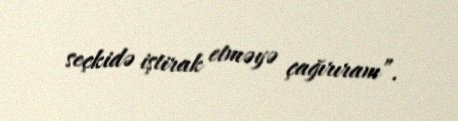
seçkidə iştirak etməyə çağırıram”.